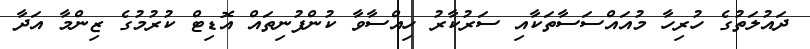
ދައުލަތުގެ ހުރިހާ މުއައްސަސާތަކާއި ސަރުކާރު ހިއްސާވާ ކުންފުނިތައް އޮޑިޓް ކުރުމުގެ ޒިންމާ އަދާ